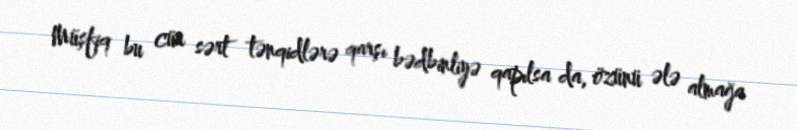
Müşfiq bu cür sərt tənqidlərə qarşı bədbinliyə qapılsa da, özünü ələ almağa